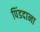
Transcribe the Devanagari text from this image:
पिंडदाना